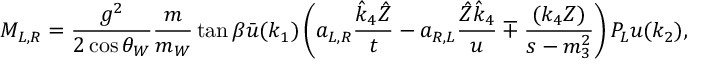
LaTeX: M _ { L , R } = \frac { g ^ { 2 } } { 2 \cos \theta _ { W } } \frac { m } { m _ { W } } \tan \beta \bar { u } ( k _ { 1 } ) \left( a _ { L , R } \frac { \hat { k } _ { 4 } \hat { Z } } { t } - a _ { R , L } \frac { \hat { Z } \hat { k } _ { 4 } } { u } \mp \frac { ( k _ { 4 } Z ) } { s - m _ { 3 } ^ { 2 } } \right) P _ { L } u ( k _ { 2 } ) ,